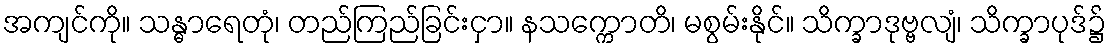
အကျင်ကို။ သန္ဓာရေတုံ၊ တည်ကြည်ခြင်းငှာ။ နသက္ကောတိ၊ မစွမ်းနိုင်။ သိက္ခာဒုဗ္ဗလျံ၊ သိက္ခာပုဒ်၌